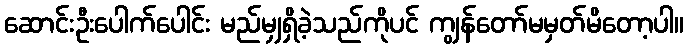
ဆောင်းဦးပေါက်ပေါင်း မည်မျှရှိခဲ့သည်ကိုပင် ကျွန်တော်မမှတ်မိတော့ပါ။